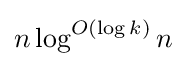
n\log ^{O(\log k)}n